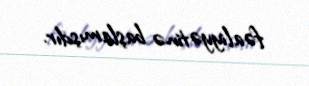
fəaliyyətinə başlamışdır.